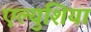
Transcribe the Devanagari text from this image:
एल्युशिया